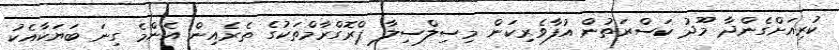
ކުރިއަށްގެންދާ މޫދު ކަސްރަތުން އުފާވެރިކަން މިސިލްސިލާ ޕްރޮގްރާމްތަކުގެ ތެރެއިން އެންމެ ގިނަ ބަޔަކާއެކު